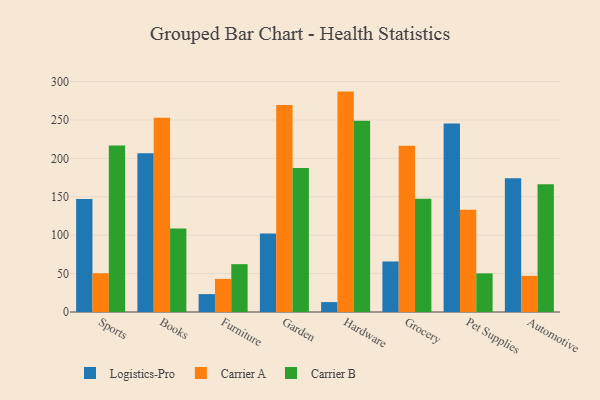
{"axis": {"x": "Category", "y": "Population (Million)"}, "legend": ["Carrier A", "Carrier B", "Logistics-Pro"], "data": [{"x": "Sports", "y": 147.0, "type": "Logistics-Pro"}, {"x": "Sports", "y": 50.5, "type": "Carrier A"}, {"x": "Sports", "y": 216.9, "type": "Carrier B"}, {"x": "Books", "y": 206.6, "type": "Logistics-Pro"}, {"x": "Books", "y": 252.8, "type": "Carrier A"}, {"x": "Books", "y": 108.6, "type": "Carrier B"}, {"x": "Furniture", "y": 23.3, "type": "Logistics-Pro"}, {"x": "Furniture", "y": 43.1, "type": "Carrier A"}, {"x": "Furniture", "y": 62.3, "type": "Carrier B"}, {"x": "Garden", "y": 102.1, "type": "Logistics-Pro"}, {"x": "Garden", "y": 269.4, "type": "Carrier A"}, {"x": "Garden", "y": 187.5, "type": "Carrier B"}, {"x": "Hardware", "y": 12.9, "type": "Logistics-Pro"}, {"x": "Hardware", "y": 287.0, "type": "Carrier A"}, {"x": "Hardware", "y": 249.2, "type": "Carrier B"}, {"x": "Grocery", "y": 65.8, "type": "Logistics-Pro"}, {"x": "Grocery", "y": 216.4, "type": "Carrier A"}, {"x": "Grocery", "y": 147.5, "type": "Carrier B"}, {"x": "Pet Supplies", "y": 245.6, "type": "Logistics-Pro"}, {"x": "Pet Supplies", "y": 133.0, "type": "Carrier A"}, {"x": "Pet Supplies", "y": 50.3, "type": "Carrier B"}, {"x": "Automotive", "y": 174.3, "type": "Logistics-Pro"}, {"x": "Automotive", "y": 47.1, "type": "Carrier A"}, {"x": "Automotive", "y": 166.5, "type": "Carrier B"}]}